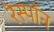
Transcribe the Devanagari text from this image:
रेस्पॉन